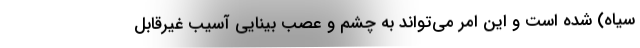
سیاه) شده است و این امر می‌تواند به چشم و عصب بینایی آسیب غیرقابل